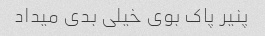
پنیر پاک بوی خیلی بدی میداد